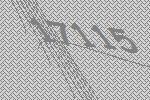
17115